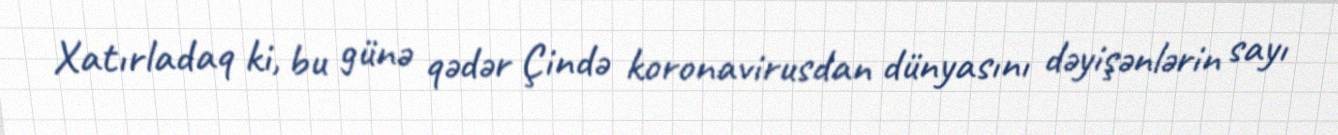
Xatırladaq ki, bu günə qədər Çində koronavirusdan dünyasını dəyişənlərin sayı